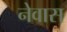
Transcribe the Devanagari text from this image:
नेवास